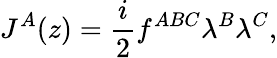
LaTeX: J^{A}(z)=\frac{i}{2}f^{ABC}\lambda^{B}\lambda^{C},